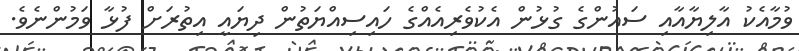
ވުމާއެކު އާލިޔާއާއި ސައުންގެ ގުޅުން އެކުވެރިއެއްގެ ހައިސިއްޔަތުން ދިޔައީ އިތުރަށް ފުޅާ ވަމުންނެވެ.